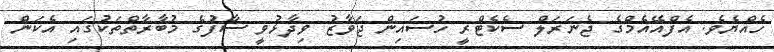
ހެއްޔެވެ. އެފްއޭއެމްގެ ޖެނަރަލް ސެކެޓްރީ ހުސައިން ޖަވާޒު ވިދާޅުވީ ސާފުގެ މުބާރާތްތަކުގައި އެކަން